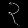
Digit: ၃